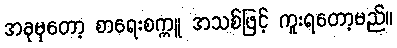
အခုမှတော့ စာရေးစက္ကူ အသစ်ဖြင့် ကူးရတော့မည်။